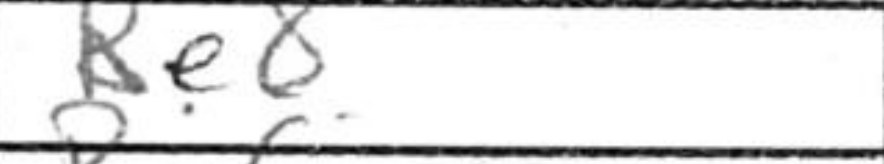
Transcription: Be8